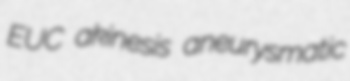
EUC akinesis aneurysmatic